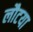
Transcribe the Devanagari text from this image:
लौटया